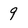
Character: 9